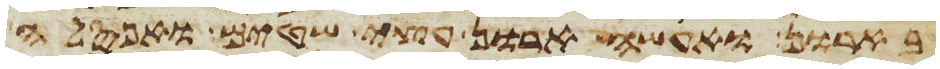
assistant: בארון ואעשה ארון עצי שטים ואפסלה